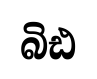
බිඪ